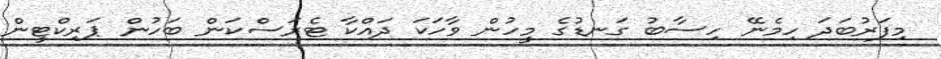
މިފަރުބަދަ ހިމެނޭ ހިސާބު ގަނޑުގެ މީހުން ވާހަކަ ދައްކާ ޓެރަސްކަން ބަހުން ޕަރިކްޓީން